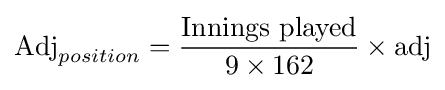
{\text{Adj}}_{position}={\frac {\text{Innings played}}{9\times 162}}\times {\text{adj}}